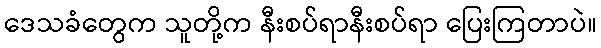
ဒေသခံတွေက သူတို့က နီးစပ်ရာနီးစပ်ရာ ပြေးကြတာပဲ။